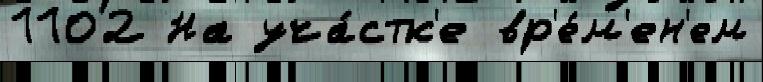
1102 На уча́стк'е вр'е́м'ен'ем